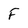
Character: F